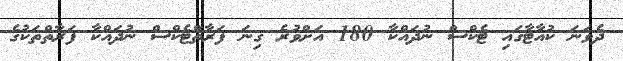
ދެވަނަ ކުއާޓާގައި ޓެކްސް ނުދައްކާ 180 އަށްވުރެ ގިނަ ފަރާތްޓެކްސް ނުދައްކާ ފަރާތްތަކުގެ